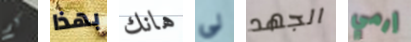
كم بهذا هانك لي الجهد إرمي